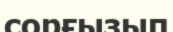
сорғызып